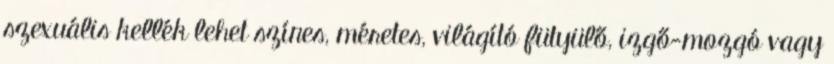
szexuális kellék lehet színes, méretes, világító fütyülő, izgő-mozgó vagy